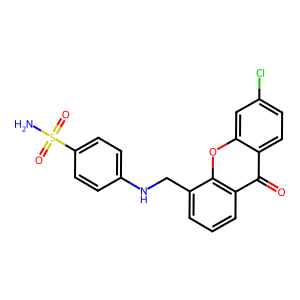
SMILES: NS(=O)(=O)c1ccc(NCc2cccc3c(=O)c4ccc(Cl)cc4oc23)cc1
Inhibits HIV replication: No